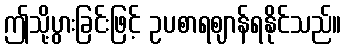
ဤသို့ပွားခြင်းဖြင့် ဥပစာရဈာန်ရနိုင်သည်။